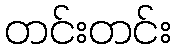
တင်းတင်း